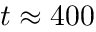
t \approx 4 0 0